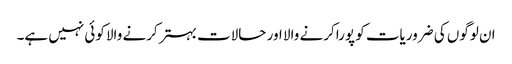
ان لوگوں کی ضروریات کو پورا کرنے والا اور حالات بہتر کرنے والا کوئی نہیں ہے۔